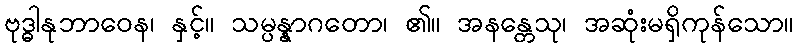
ဗုဒ္ဓါနုဘာဝေန၊ နှင့်။ သမ္ပန္နာဂတော၊ ၏။ အနန္တေသု၊ အဆုံးမရှိကုန်သော။